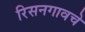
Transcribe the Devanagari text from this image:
रिसनगावचे